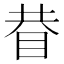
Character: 𥆇